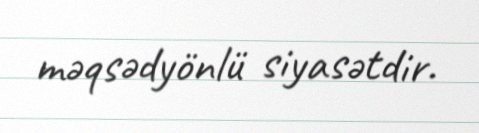
məqsədyönlü siyasətdir.